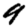
Digit: 9